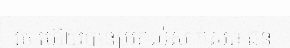
រួច ហើយបានប្រគល់សាកសព ជន